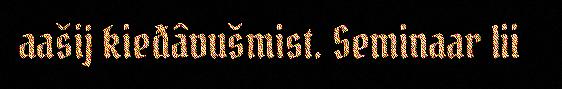
aašij kieđâvušmist. Seminaar lii